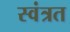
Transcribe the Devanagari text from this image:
स्वंत्रत